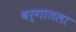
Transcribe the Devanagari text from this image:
वर्गातला